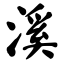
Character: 溪